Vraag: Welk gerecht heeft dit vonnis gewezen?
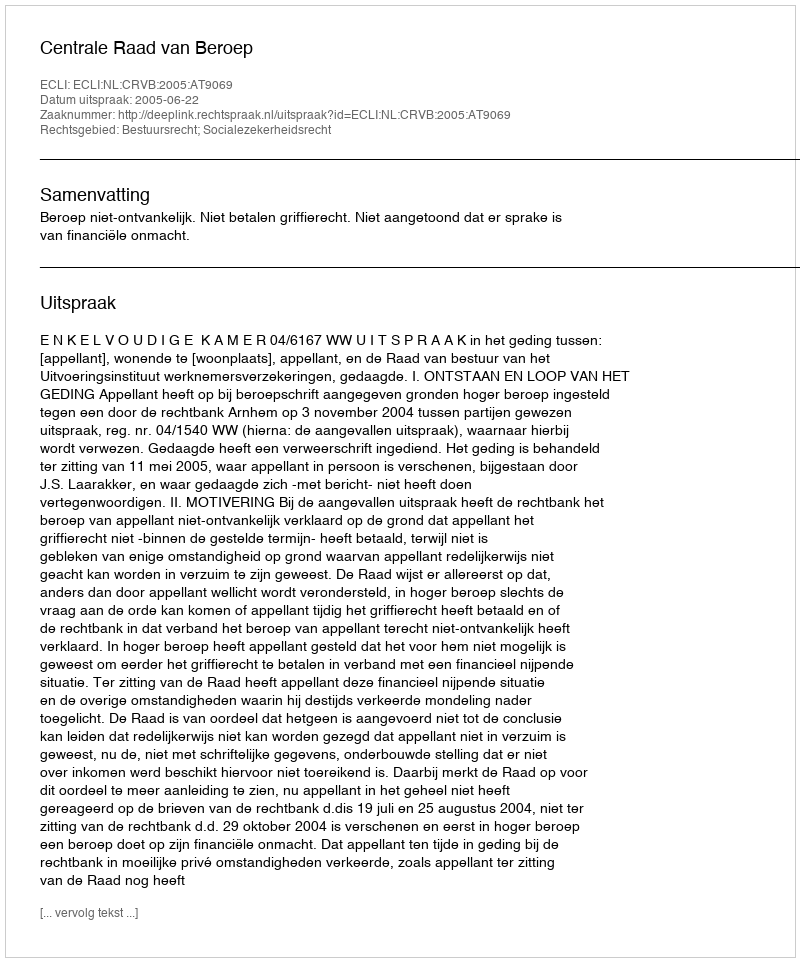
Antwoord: Centrale Raad van Beroep